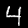
Digit: 4